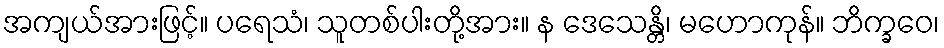
အကျယ်အားဖြင့်။ ပရေသံ၊ သူတစ်ပါးတို့အား။ န ဒေသေန္တိ၊ မဟောကုန်။ ဘိက္ခဝေ၊